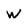
Character: W